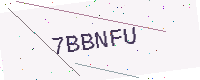
Text: 7BBNFU